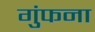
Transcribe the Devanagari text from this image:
गुंफना